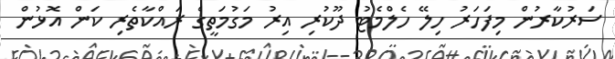
ސަރުކާރުން މިފަހަރު ހިލޭ ހެލްމެޓު ދޫކުރި އިރު މަގުމަތީގެ ރައްކާތެރި ކަން އޮޅުން